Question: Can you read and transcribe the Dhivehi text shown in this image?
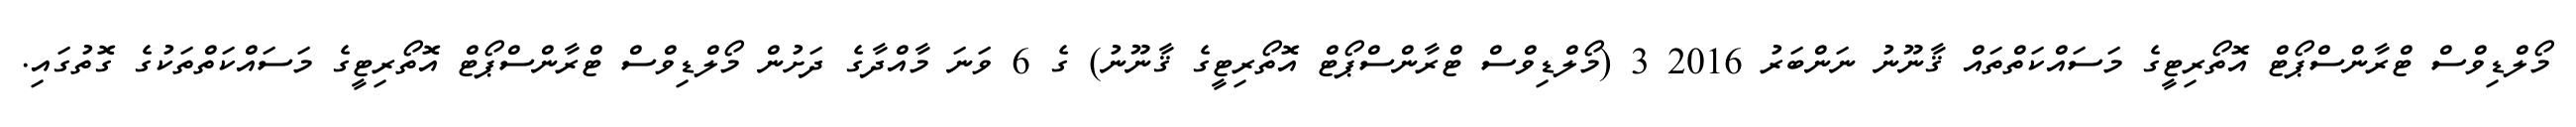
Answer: މޯލްޑިވްސް ޓްރާންސްޕޯޓް އޮތޯރިޓީގެ މަސައްކަތްތައް ޤާނޫނު ނަންބަރު 2016 3 (މޯލްޑިވްސް ޓްރާންސްޕޯޓް އޮތޯރިޓީގެ ޤާނޫނު) ގެ 6 ވަނަ މާއްދާގެ ދަށުން މޯލްޑިވްސް ޓްރާންސްޕޯޓް އޮތޯރިޓީގެ މަސައްކަތްތަކުގެ ގޮތުގައި.